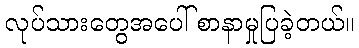
လုပ်သားတွေအပေါ် စာနာမှုပြခဲ့တယ်။